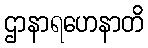
ဌာနာရဟေနာတိ